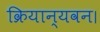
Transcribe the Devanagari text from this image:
क्रियान्यवन।